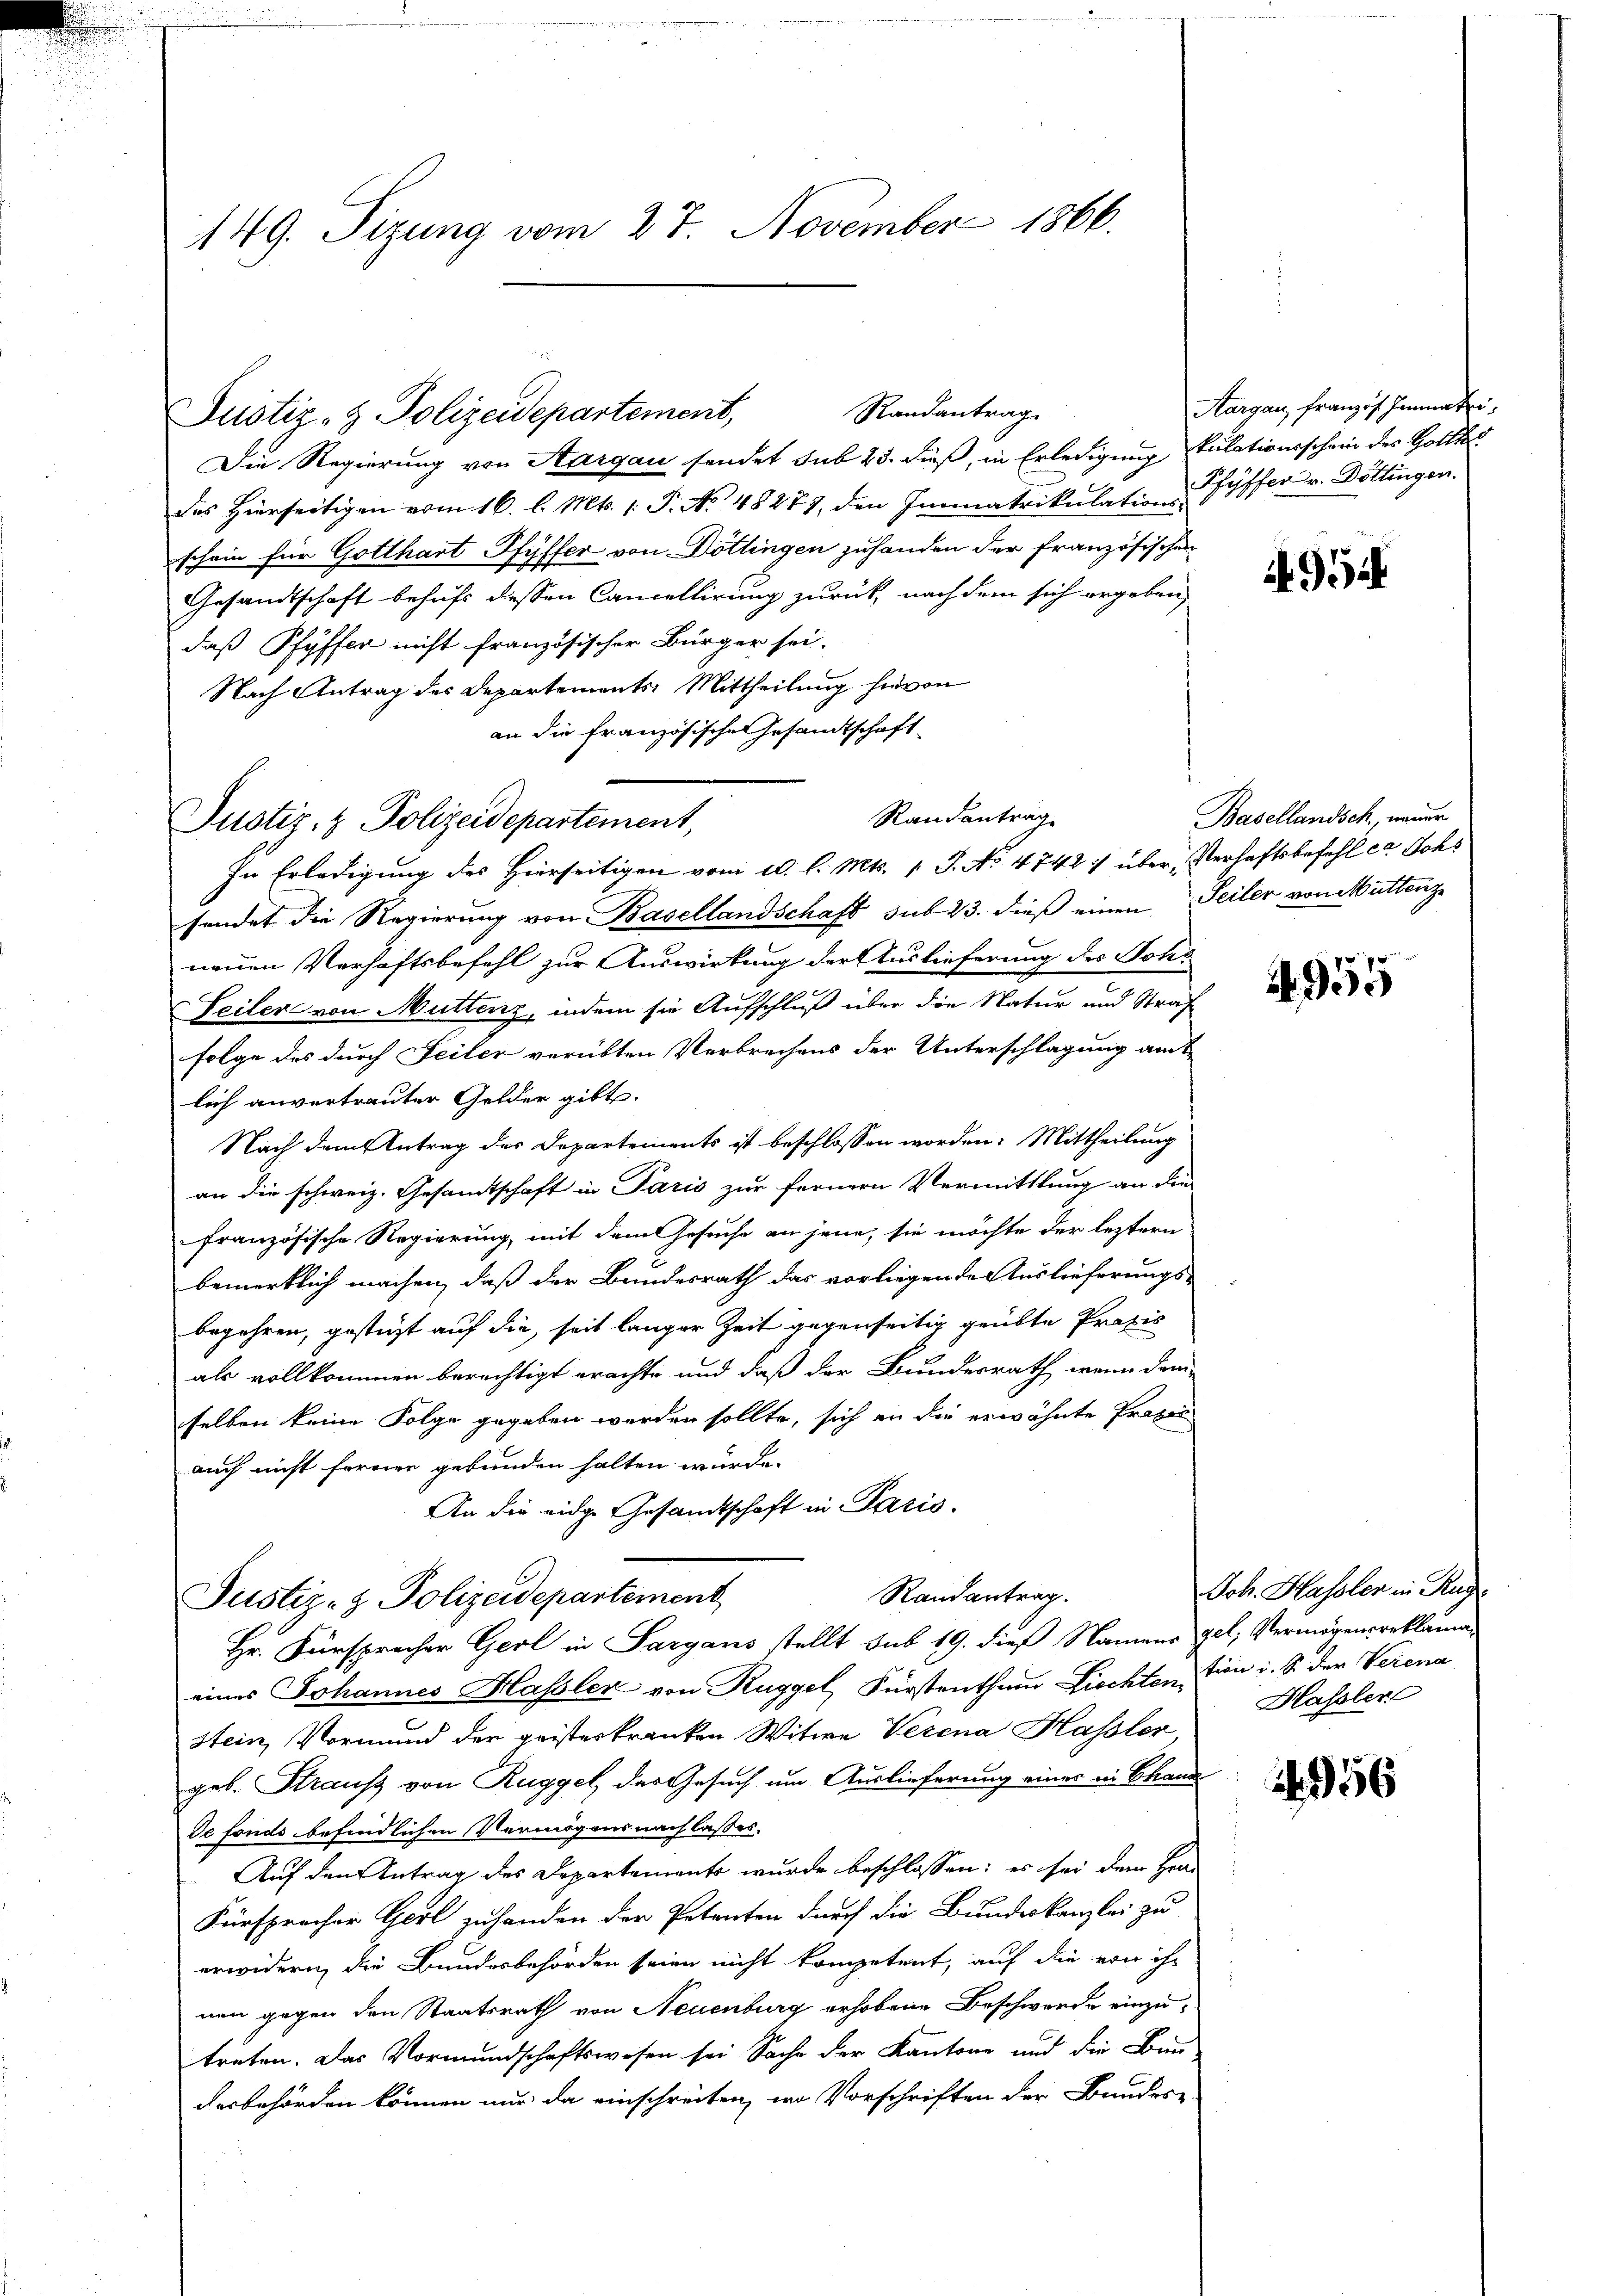
149. Sizung vom 27. November 1866.

Randantrag
Die Regierung von Sargau sendet sub 23. dieß, in Erledigung kulationsschein des Gottes
das hierseitigen vom 16. l. Mts. 1. P. No. 48277, den Immatrikulation fyffer v. Döttingen.
schein für Gotthart Pfyffer von Döttingen zuhanden der französischen
Gesandtschaft behufs dessen Cancellirung zurück, nach dem sich ergeben,
daß Pfyffer nicht französischer Bürger sei-
Nach Antrag des Departements Mittheilung hievon
an die französische Gesandtschaft
Randanträg
In Erledigung des Hierseitigen vom 10. l. Mts. 1. J. No 4742) über Verhaftsbefehl ca Johs
sendet die Regierung von Basellandschaft sub 23. dieß einen Seiler von Muttenz
neuen Verhaftsbefehl zur Auswirkung der Auslieferung des Johr-
Seiler von Muttenz, indem sie Aufschluß über die Natur und Straf
folge des durch Seiler verübten Verbrechens der Unterschlagung amt
lich anvertrauter Gelder gibt.
Nach dem Antrag des Departements ist beschlossen worden: Mittheilung
an die schweiz. Gesamtschaft in Paris zur fernern Vermittlung an die
französische Regierung, mit dem Gesuche an jene, sie möchte der leztern
bemerklich machen, daß der Bundesrath das vorliegende Auslieferungs-
begehren, gesteht auf die, seit langer Zeit gegenseitig geübte Praxis
als vollkommen berechtigt erachte und daß der Bundesrath, wenn dan-
selben keine Folge gegeben werden sollte, sich an die erwähnte Praxis
auch nicht ferner gebunden halten würde.
An die eidge Gesandtschaft in Paris.
Randantrag.
Justiz- & Polizeidepartement
Hr. Fürsprocher Gerl in Sargans stellt sub 19. dieß Namens gel, Vermögensreklaman
eines Johannes Hassler von Rüggel, Fürstenthum Lichten, von i. S. der Verena
stein, Vormund der geisterkranken Witwe Verena Hassler
geb. Strauß von Ruggel, das Gesuch um Auslieferung eines in Chande
de fonds befindlichen Vermögensnach lasses.
Auf den Antrag des Departements wurde beschlossen: es sei dem Hrn.
Fürsprecher Gerl zuhanden der Petenten durch die Bundeskanzlei zu
erwidern, die Bundesbehörden seien nicht kompetent, auf die von ihr
nen gegen den Staatsrath von Neuenburg erhobene Beschwerde einzutreten. Das Vormundschaftswesen sei Sache der Kantone und die Bun-
derbehörden können nur da einschreiten, wo Vorschriften der Bundes-

Justiz- & Polizeidepartement,

Justiz- & Polizeidepartement,

Aargau französ. Immatri¬

4954

Basellandsch, neuer

4955

Joh. Hassler in Aug.
Hassler

56